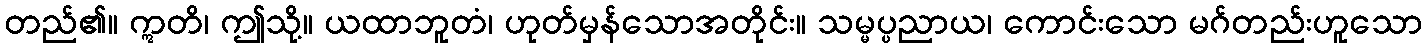
တည်၏။ ဣတိ၊ ဤသို့။ ယထာဘူတံ၊ ဟုတ်မှန်သောအတိုင်း။ သမ္မပ္ပညာယ၊ ကောင်းသော မဂ်တည်းဟူသော